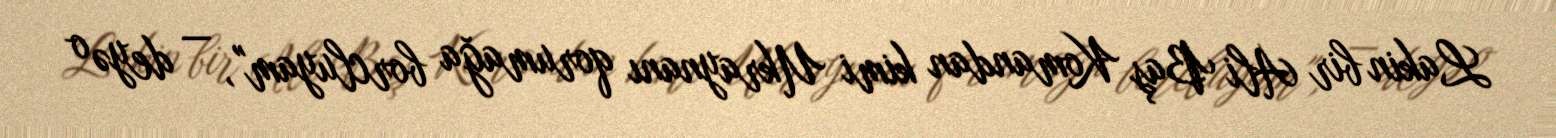
Lakin bir Ali Baş Komandan kimi Ukraynanı qorumağa borcluyam", — deyə o